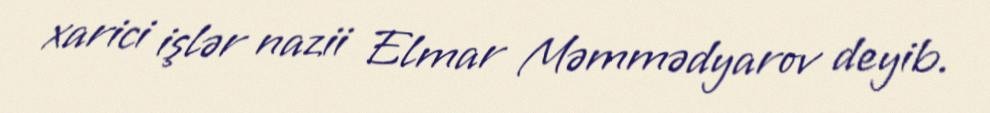
xarici işlər nazii Elmar Məmmədyarov deyib.